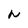
Character: N